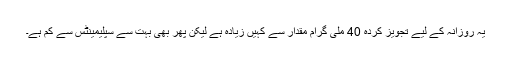
یہ روزانہ کے لیے تجویز کردہ 40 ملی گرام مقدار سے کہیں زیادہ ہے لیکن پھر بھی بہت سے سپلیمینٹس سے کم ہے۔